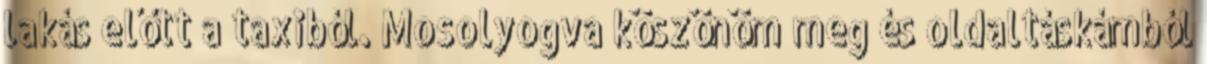
lakás előtt a taxiból. Mosolyogva köszönöm meg és oldaltáskámból